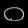
Digit: ၀